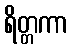
ရိတ္တကာ